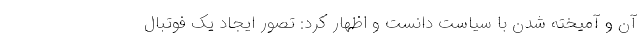
آن و آمیخته شدن با سیاست دانست و اظهار کرد: تصور ایجاد یک فوتبال